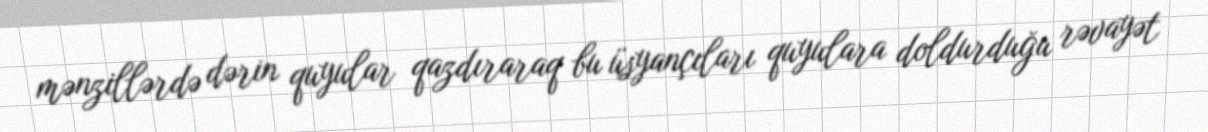
mənzillərdə dərin quyular qazdıraraq bu üsyançıları quyulara doldurduğu rəvayət